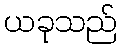
ယခုသည်